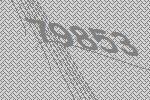
79853